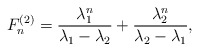
\begin{align*}F_n^{(2)}=\displaystyle \frac{\lambda_1^n}{\lambda_1 - \lambda_2}+ \displaystyle \frac{\lambda_2^n}{\lambda_2 - \lambda_1}, \end{align*}